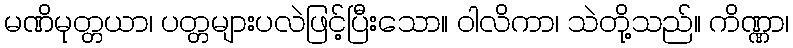
မဏိမုတ္တယာ၊ ပတ္တများပလဲဖြင့်ပြီးသော။ ဝါလိကာ၊ သဲတို့သည်။ ကိဏ္ဏာ၊